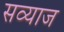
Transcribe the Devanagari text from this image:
सव्याज